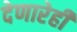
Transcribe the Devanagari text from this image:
देणारेही